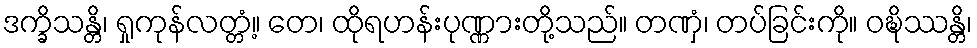
ဒက္ခိသန္တိ၊ ရှုကုန်လတ္တံ့။ တေ၊ ထိုရဟန်းပုဏ္ဏားတို့သည်။ တဏှံ၊ တပ်ခြင်းကို။ ဝဍ္ဎိဿန္တိ၊